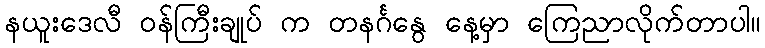
နယူးဒေလီ ဝန်ကြီးချုပ် က တနင်္ဂနွေ နေ့မှာ ကြေညာလိုက်တာပါ။